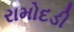
રામોદડી